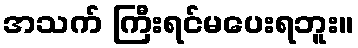
အသက် ကြီးရင်မပေးရဘူး။